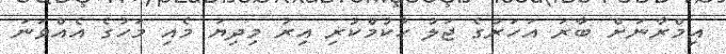
އިމްރާނަށް ބާރަ އަހަރުގެ ޖަލު ހުކުމްކުރި އިރު މިދިޔަ މެއި މަހުގެ އެއްވަނަ